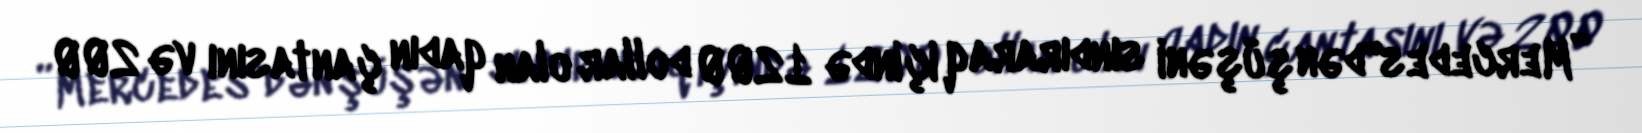
”Mercedes"dən şüşəni sındıraraq içində 1200 dollar olan qadın çantasını və 200